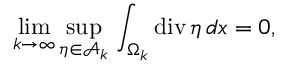
\operatorname* { l i m } _ { k \to \infty } \operatorname* { s u p } _ { \eta \in \mathcal A _ { k } } \, \int _ { \Omega _ { k } } \mathrm { d i v } \, \eta \, d x = 0 ,